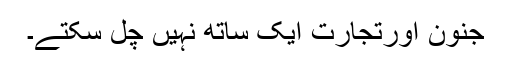
جنون اورتجارت ایک ساتھ نہیں چل سکتے۔